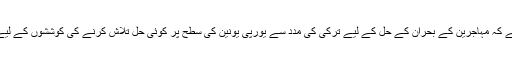
بعد ازاں جرمنی کی جانب سے کہا گيا ہے کہ مہاجرين کے بحران کے حل کے ليے ترکی کی مدد سے يورپی يونين کی سطح پر کوئی حل تلاش کرنے کی کوششوں کے ليے آسٹرين فيصلہ مدد گار ثابت نہيں ہو گا۔